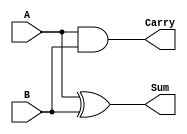
module HalfAdder (
    input wire A,    // First input bit
    input wire B,    // Second input bit
    output wire Sum, // Sum output
    output wire Carry // Carry output
);
    assign Sum = A ^ B;   // Sum is A XOR B
    assign Carry = A & B; // Carry is A AND B
endmodule